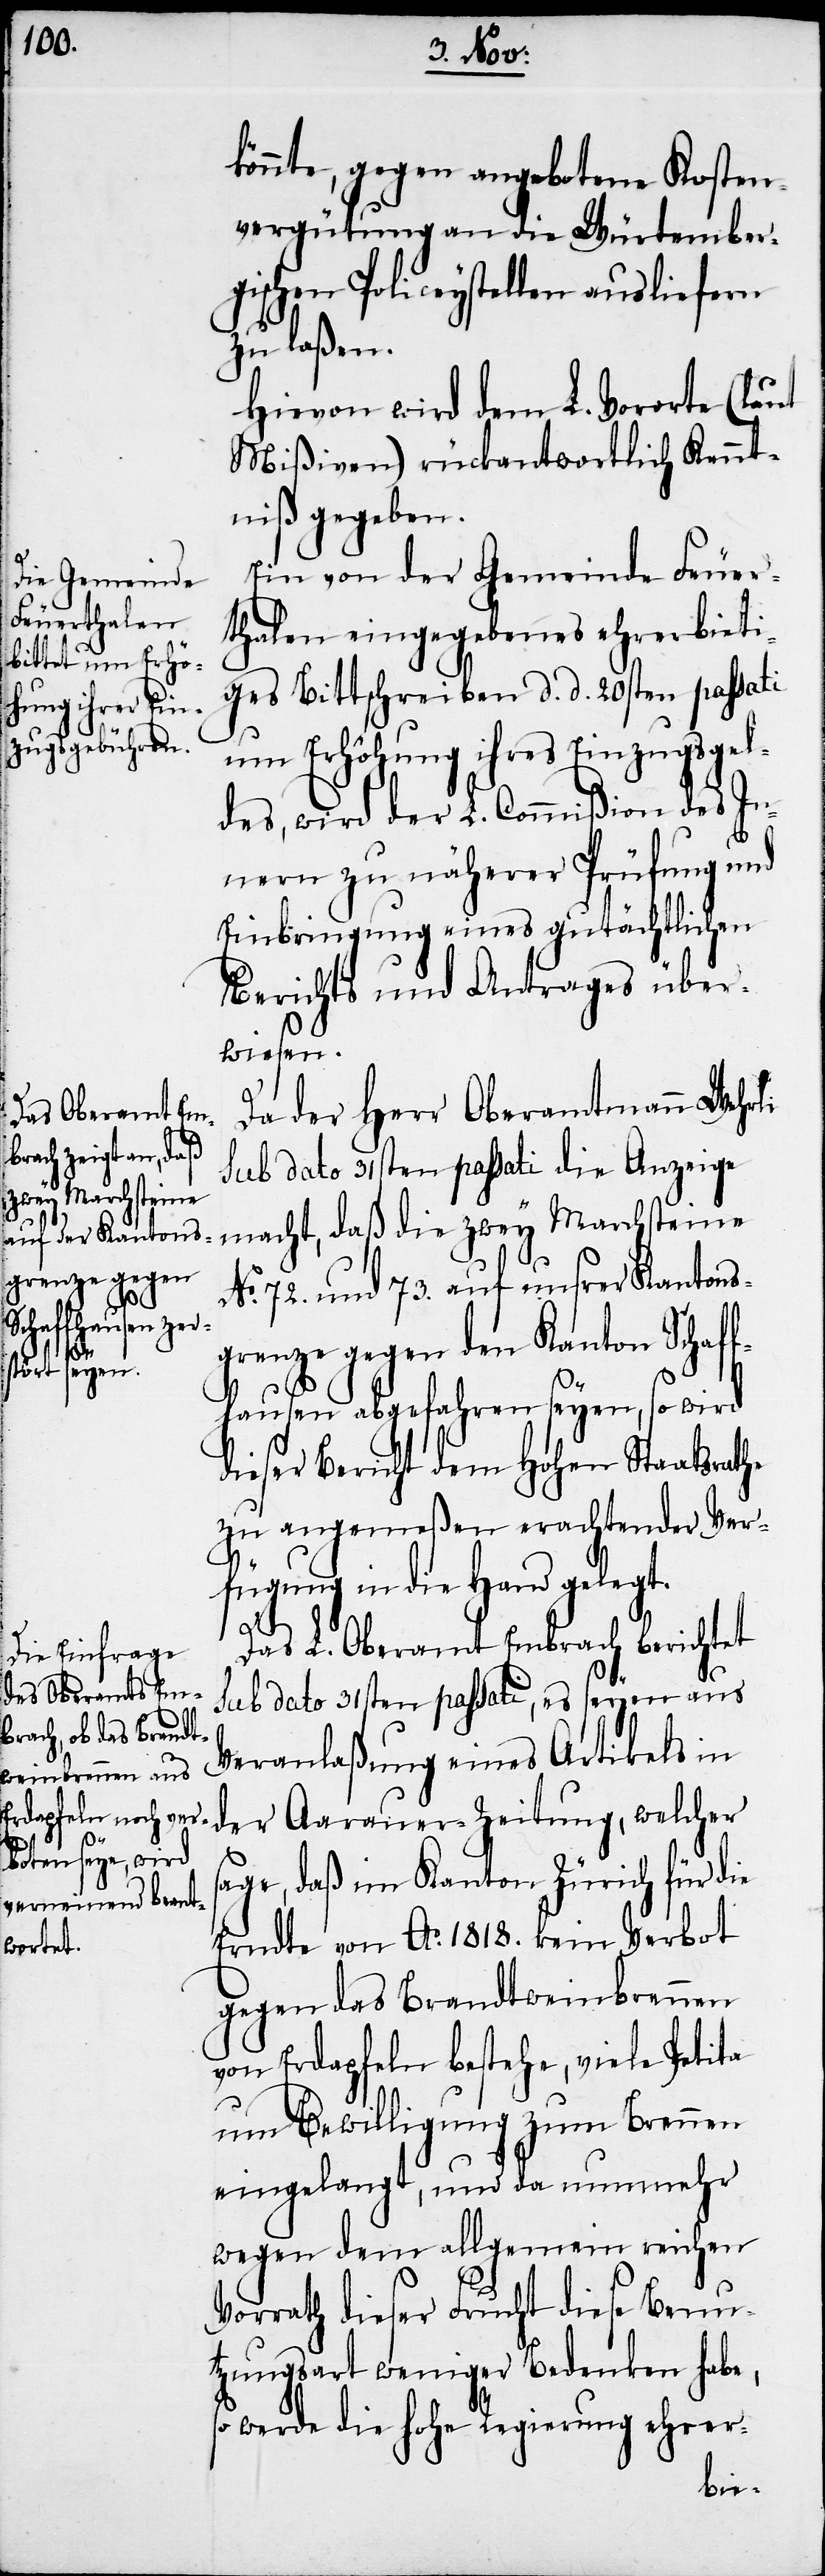
könnte, gegen angebotene Kosten¬
vergütung an die Würtember¬
gischen Policeystellen ausliefern
zu laßen.
Hievon wird dem L. Vororte (laut
Mißiven) rückantwortlich Kennt¬
niß gegeben.
Ein von der Gemeinde Feuer¬
thalen eingegebenes ehrerbieti¬
ges Bittschreiben d. d. 20sten passati
um Erhöhung ihres Einzugsgel¬
des, wird der L. Commißion des In¬
nern zu näherer Prüfung und
Einbringung eines gutächtlichen
Berichts und Antrages über¬
wiesen.
Da der Herr Oberamtmann Wehrli
sub dato 31sten passati die Anzeige
zwey Marchsteine
No. 72. und 73. auf unsrer Kantons¬
grenze gegen den Kanton Schaff¬
hausen abgefahren seyen, so wird
dieser Bericht dem Hohen Staatsrathe
zu angemeßen erachtender Ver¬
fügung in die Hand gelegt.
Das L. Oberamt Embrach berichtet
sub dato 31sten passati, es seyen aus
Veranlaßung eines Artikels in
der Aarauer-Zeitung, welcher
sage, daß im Kanton Zürich für die
Erndte von Ao. 1818. kein Verbot
gegen das Brandtweinbrennen
von Erdapfeln bestehe, viele Petita
um Bewilligung zum Brennen
eingelangt, und da nunmehr
wegen dem allgemein reichen
Vorrath dieser Frucht diese Benu¬
tzungsart weniger Bedenken habe,
so werde die hohe Regierung ehrer-